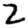
Digit: 2